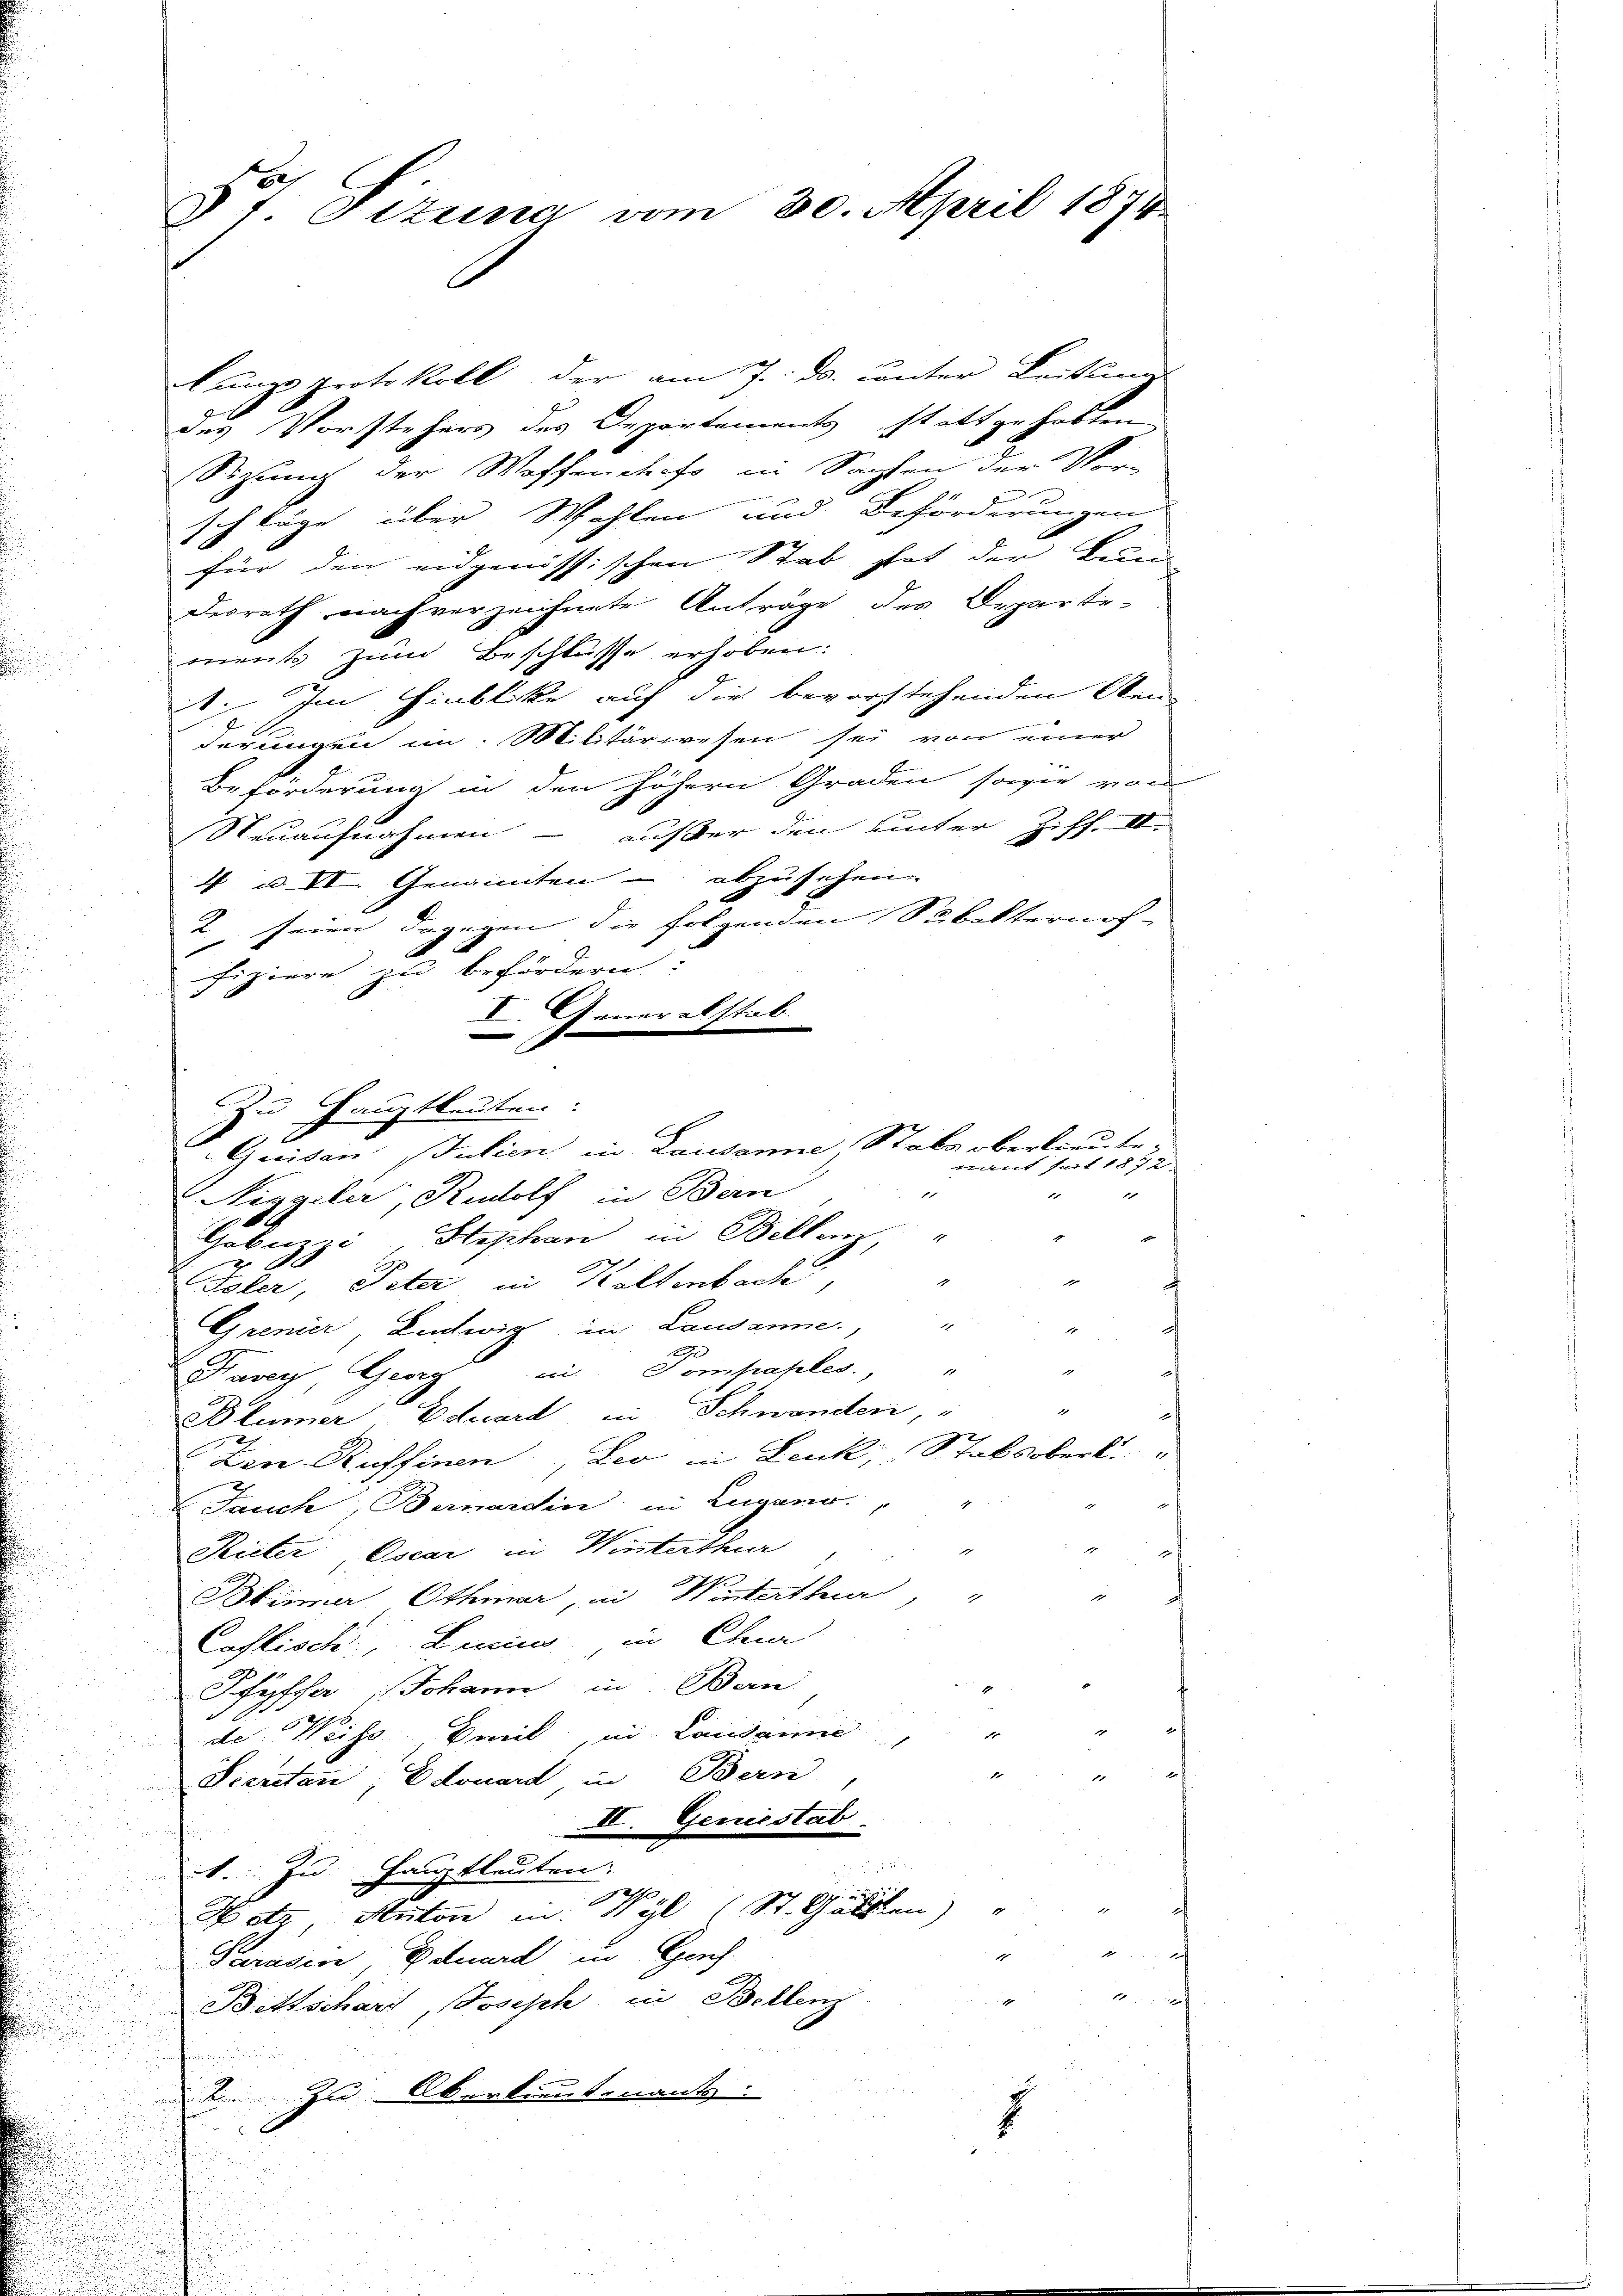
t Ottena vom 30. April 1874.

ment zum Beschlüsse erhoben:
i
Beförderung in den höhern Graden sowie von
Neuaufnahmen – außer den unter Ziff. II.
4 u. VI. Genannten abzusehen.
2 seien dagegen die folgenden Subalternof-
fiziere zu befördern:
I. Generalstab.
Griden Julien in Lausanne Stabs oberlieute¬
Riggiler, Rudolf in Bern
Gabuzzi, Stephan in Bellenz
J
1
Toler, Peter in Kaltenbach,
i
Grenier, Lentwiz in Lausanne,
1
Haver, Georg in Pompaples.

Blümer Eduard, in Schwander, "
Den Russinen, Leo in Lenk, Stabsober.
d
Jauch; Bernardin; in Lugano.
g
Rieter Oscar in Winterthia
i
Bbinner Othmar, an Winterthur, "
r
Castisch, Linie in Char
Pfyffer Johann in Bern
f
de Weiss Emil, in Landann
.
1
1
Secretan Edouard in Bern
II. Geniestat
1. zu Hauptleuten.
1
Netz Anton in Wyl (St. Galien)
Sarasen, Eduard in Genf
Bettschart, Joseph in Bellenz
u
2 zu Oberlieutenants.
B

Zu Hauptkeiten:

lunge Protokoll der am 7. ds. unter Leitling
des Vorstehers des Departements stattgehoben
Sizung der Waffenchefs in Sachen der Vor-
n
schläge über Wahlen und Beförderungen
für den eidgenössischen Stab hat der Bun-
desrath nach verzeichnete Anträge des Departe-
it. Im Hinblicke auf die bevorstehenden Neu-
derungen im Militärwesen sei von einer

mit seit 1872
f
1
f